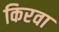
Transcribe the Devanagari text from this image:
किरवा